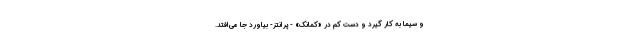
و سیما به کار گیرد و دست کم در «کمانک» - پرانتز- بیاورد جا می‌افتد.